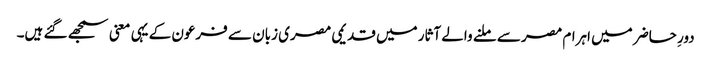
دورِ حاضر میں اہرام مصر سے ملنے والے آثار میں قدیمی مصری زبان سے فرعون کے یہی معنی سمجھے گئے ہیں۔